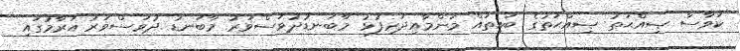
ކަވާސާ ޞިއްޙަތު ޞިއްޙަތުގެ ބައިތައް މަންމާއިދަރިފުޅު މާބަނޑުދުވަސްވަރު މާބަނޑު ދުވަސްވަރު އަރާމުގައި